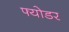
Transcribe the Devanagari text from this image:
फ्योडर